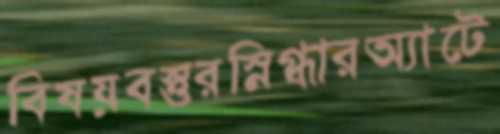
বিষয়বস্তুরস্নিগ্ধারঅ্যাটে